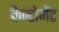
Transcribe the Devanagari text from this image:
कैन्‍टोमेंट